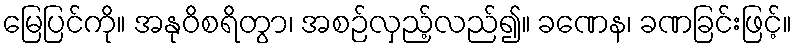
မြေပြင်ကို။ အနုဝိစရိတွာ၊ အစဉ်လှည့်လည်၍။ ခဏေန၊ ခဏခြင်းဖြင့်။